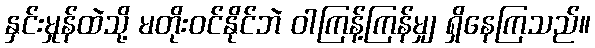
နှင်းမှုန်ထဲသို့ မတိုးဝင်နိုင်ဘဲ ဝါကြန့်ကြန်မျှ ရှိနေကြသည်။